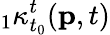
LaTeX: {}_{1}\kappa_{t_{0}}^{t}(\mathbf{p},t)